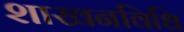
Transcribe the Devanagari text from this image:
शाखनविधि